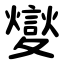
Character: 夑